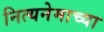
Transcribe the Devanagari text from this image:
नित्यनेमाच्या